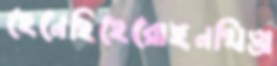
হেনেছিহেরোইনখিত্তা